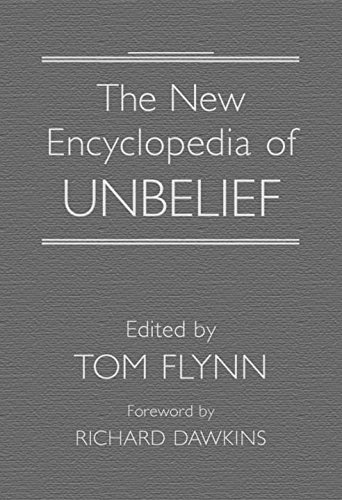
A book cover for The New Encyclopedia of Unbelief; Religion & Spirituality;